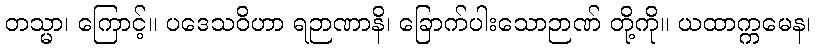
တသ္မာ၊ ကြောင့်။ ပဒေသဝိဟာ ရဉာဏာနိ၊ ခြောက်ပါးသောဉာဏ် တို့ကို။ ယထာက္ကမေန၊